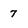
Character: 7